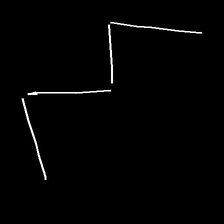
Glyph: crush